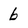
Character: b